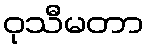
ဝုသီမတာ